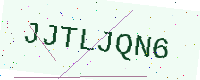
Text: JJTLJQN6